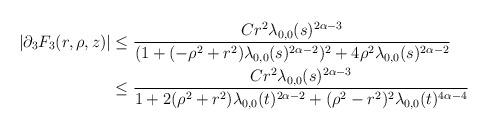
LaTeX: \begin{align*} |\partial_{3}F_{3}(r,\rho,z)| &\leq \frac{C r^{2} \lambda_{0,0}(s)^{2\alpha-3}}{(1+(-\rho^{2}+r^{2})\lambda_{0,0}(s)^{2\alpha-2})^{2}+4 \rho^{2} \lambda_{0,0}(s)^{2\alpha-2}}\\&\leq \frac{C r^{2} \lambda_{0,0}(s)^{2\alpha-3}}{1+2(\rho^{2}+r^{2})\lambda_{0,0}(t)^{2\alpha-2}+(\rho^{2}-r^{2})^{2} \lambda_{0,0}(t)^{4\alpha-4}}\end{align*}